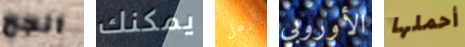
انجح يمكنك أرمل الأوروبي أحملها